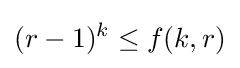
(r-1)^{k}\leq f(k,r)